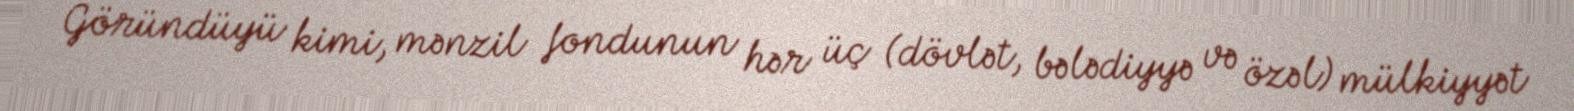
Göründüyü kimi, mənzil fondunun hər üç (dövlət, bələdiyyə və özəl) mülkiyyət